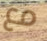
مع